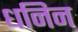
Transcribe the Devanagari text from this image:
धनिन